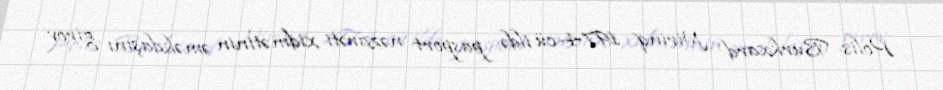
Polis Burkxard Nirinq 1974-cü ildə pasport nəzarəti xidmətinin əməkdaşını girov